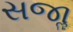
સજાૢ